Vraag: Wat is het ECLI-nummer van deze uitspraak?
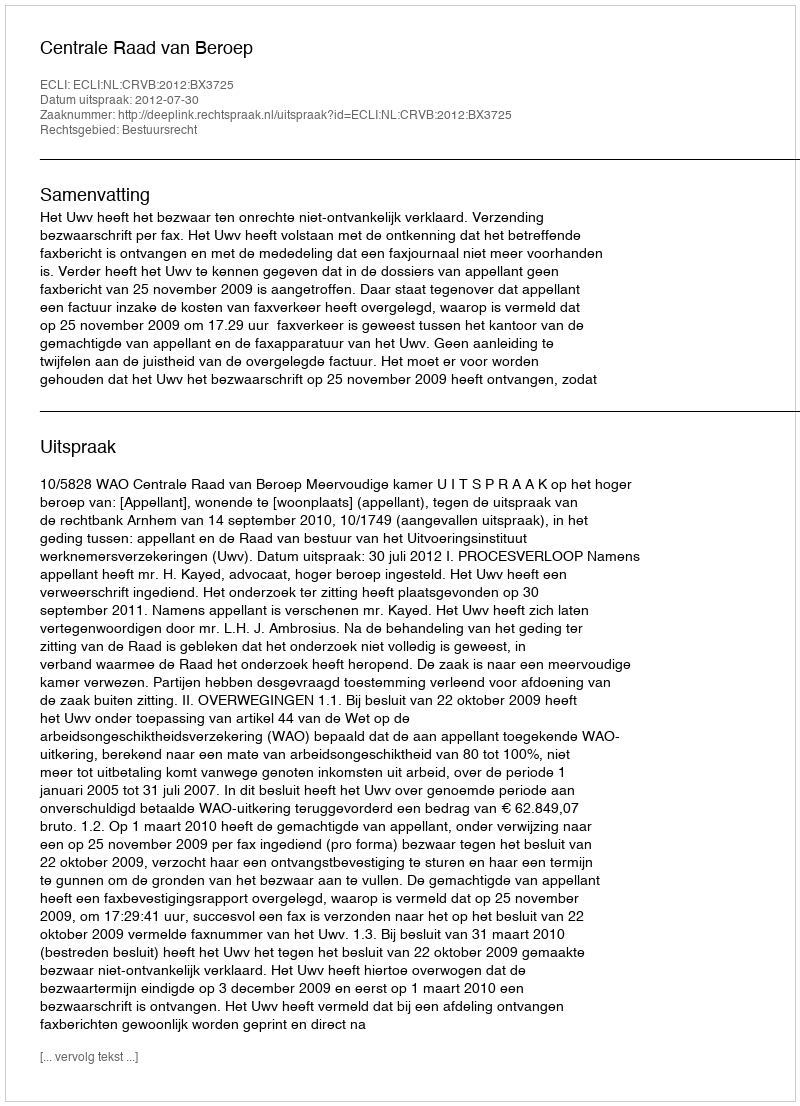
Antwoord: ECLI:NL:CRVB:2012:BX3725